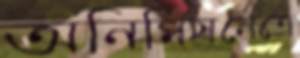
অনিমিষনেত্রে